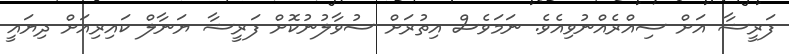
ފަރީޝާ އަށް ސިއްރެއްނުވިއެވެ. ނަމަވެސް އިތުރަށް ސުވާލުނުކޮށް ފަރީޝާ ޔަނާލް ކައިރިއަށް ދިޔައީ